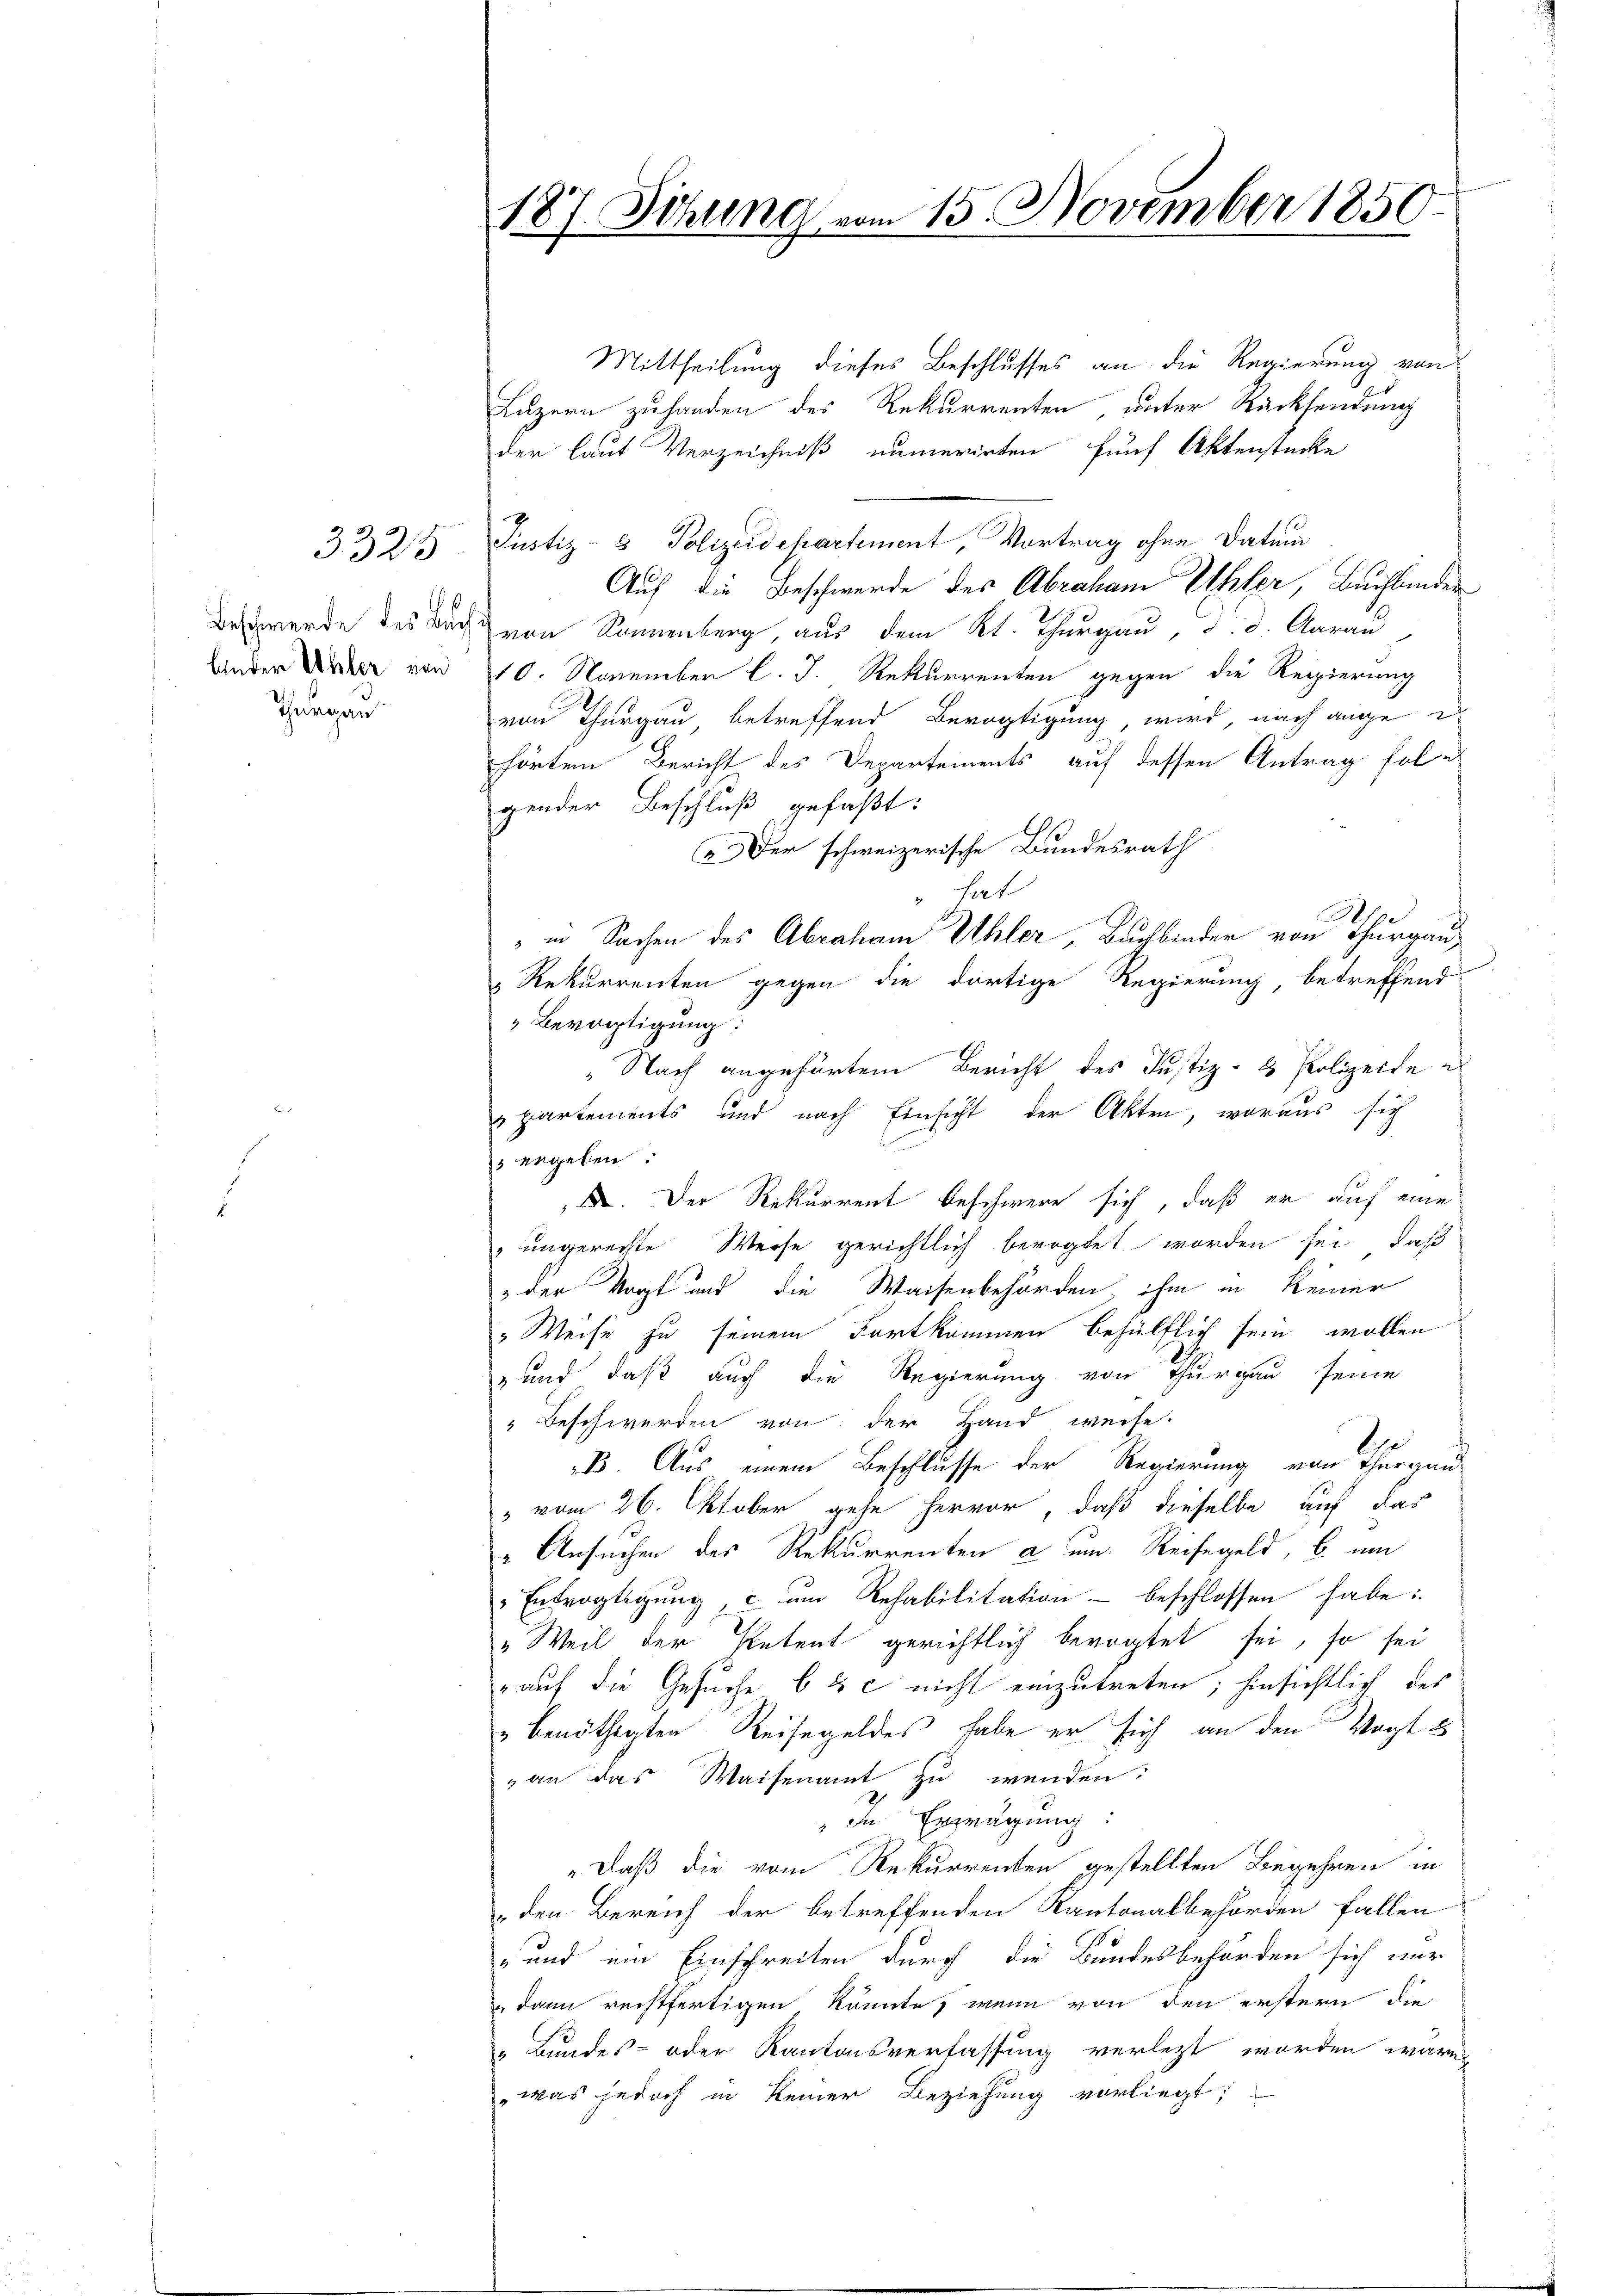
3325

Ander Uhler von
Thurgau

Mittheilung dieses Beschlusses an die Regierung von
Luzern zuhanden des Rekurrenten unter Rücksendung
der laut Verzeichniß numerirten fünf Aktenstücke
Justiz- & Polizeidepartement Vortrag ohne Datum
Auf die Beschwerde des Abraham Uhler, Buchlander
Beschwerde des Buch von Sonnenberg, aus dem Kt. Thurgau, d. d. Aarau
10. November l. J. Rekurrenten gegen die Regierung
von Thurgau betreffend Bevogtigung, wird, nach ange e
hörten Bericht des Departements auf dessen Antrag folgender Beschluß gefaßt:
Der schweizerische Bundesrath
" hat
" in Sachen des Abraham Abler, Buchbinder von Thurgau
 Rekurrenten gegen die dortige Regierung, betreffend
Bevogtigung
„Nach angehörtem Bericht des Justiz- & Polizeite e
partements und nach Einsicht der Akten, woraus sich
 ergeben:
X. Der Rekurrent beschwere sich, daß er auf eine
 ungerechte Weise gerichtlich bevogtet worden sei, daß
 der Vogt und die Waisenbehörden, ihm in keiner
" Weise zu seinem Fortkommen behülflich sein wollen
-und daß auch die Regierung von Thurgau seine
Beschwerden von der Hand weise.
e
B. Aus einem Beschlusse der Regierung von Thurgau
" vom 26. Oktober gehe hervor, daß dieselbe auf das
"Ansuchen des Rekurrenten a um Reisegeld, b und
Entvogtigŭng cum Rehabilitation beschlossen habe:
„Weil der Retent gerichtlich bevogtet sei, so sei
auf die Gesuche b & c nicht einzutreten; hinsichtlich des
"benöthigten Reisegeldes habe er sich an den Vogt
 an das Waisenamt zu wenden:
" In Erwägung:
„Daß die vom Rekurrenten gestellten Begehren in
den Bereich der betreffenden Kantonalbehörden fallen
" und ein Einschreiten durch die Bundesbehörden sich nur
 dann rechtfertigen könnte, wenn von den erstern die
„Bundes- oder Kantonsverfassung verletzt worden wäre,
was jedoch in keiner Beziehung vorliegt;

187. Sitzung vom 15. November 1850